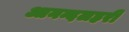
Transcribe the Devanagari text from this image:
आनन्दलहरी